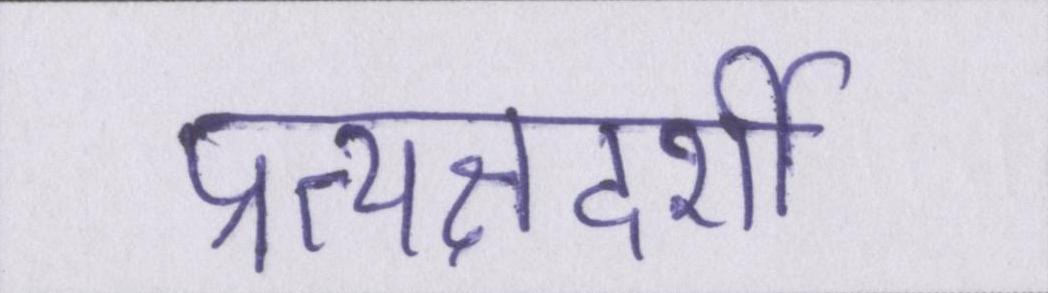
प्रत्यक्षदर्शी